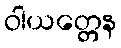
ဝါယတ္တေန